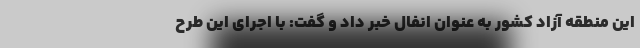
این منطقه آزاد کشور به عنوان انفال خبر داد و گفت: با اجرای این طرح